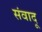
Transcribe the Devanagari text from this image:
संवादू